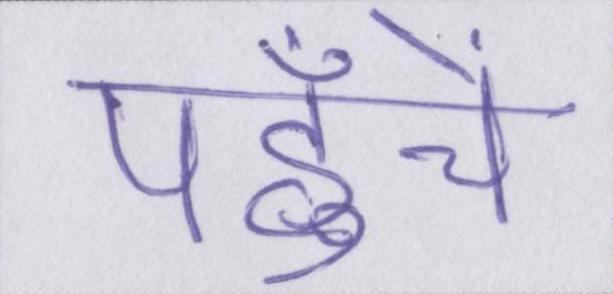
पहुँचें